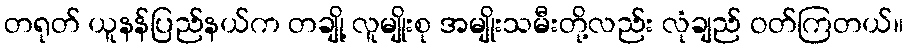
တရုတ် ယူနန်ပြည်နယ်က တချို့ လူမျိုးစု အမျိုးသမီးတို့လည်း လုံချည် ဝတ်ကြတယ်။